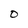
Character: O